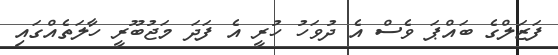
ފަޒަލްގެ ބައްޕަ ވެސް އެ ދުވަހު ހުރީ އެ ފަދަ މަޖުބޫރީ ހާލަތެއްގައި